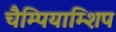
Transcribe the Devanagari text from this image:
चैम्पियाम्शिप